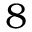
8